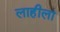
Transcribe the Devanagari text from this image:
लाहीला